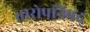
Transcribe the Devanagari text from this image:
तारोपनिषद्